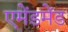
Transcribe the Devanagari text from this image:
एमेंडमेंड